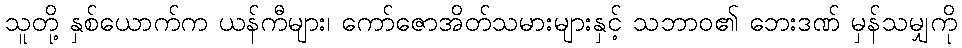
သူတို့ နှစ်ယောက်က ယန်ကီများ၊ ကော်ဇောအိတ်သမားများနှင့် သဘာဝ၏ ဘေးဒဏ် မှန်သမျှကို